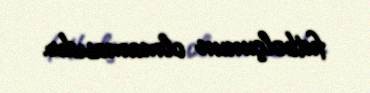
futbolçunun olmamasıdır.